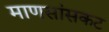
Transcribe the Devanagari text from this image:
माणसांसकट